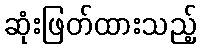
ဆုံးဖြတ်ထားသည့်